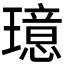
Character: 𪼦